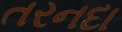
તરનદા